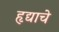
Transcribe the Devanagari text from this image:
हृद्याचे